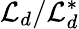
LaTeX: {\cal L}_{d}/{\cal L}_{d}^{*}